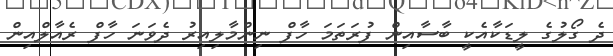
ދެ ގޯލުގެ ލީޑަކާއެކީ ބާސާއިން ފުރަތަަމަ ހާފް ނިންމާލިއިރު ދެވަނަ ހާފް ރެއާލްއިން